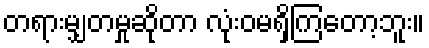
တရားမျှတမှုဆိုတာ လုံးဝမရှိကြတော့ဘူး။